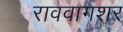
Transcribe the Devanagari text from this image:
राववागशर